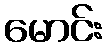
မောင်း